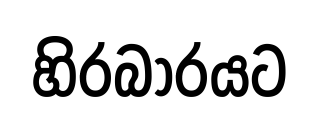
හිරබාරයට